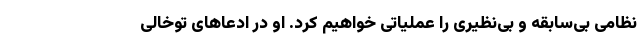
نظامی بی‌سابقه و بی‌نظیری را عملیاتی خواهیم کرد. او در ادعاهای توخالی